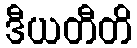
ဒီယတီတိ